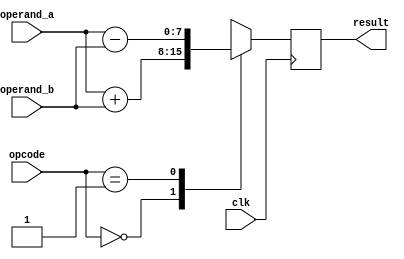
module alu( clk, operand_a, operand_b, opcode, result); //this is the alu, all it does is + and - two values
    parameter DATA_WIDTH = 8;

    input clk;
    input[DATA_WIDTH-1:0]operand_a,operand_b;
    input [3:0] opcode;
    output reg[DATA_WIDTH-1:0] result;

    
  always@(posedge clk)
    begin
     case(opcode)
        4'b0000: begin //Addition
           result <= operand_a + operand_b ; 
        end
        4'b0001: begin //Subtraction 
           result <= operand_a - operand_b;
        end
        default: result <= 8'bx; 
     endcase
     
    end
endmodule